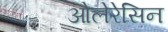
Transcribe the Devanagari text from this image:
ओलेरेसिन